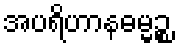
အပရိဟာနဓမ္မဉ္စ